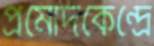
প্রমোদকেন্দ্রে